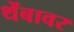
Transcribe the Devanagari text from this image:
थेंबावर